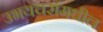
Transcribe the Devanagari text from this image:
उभयचरांमधील